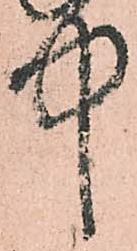
中